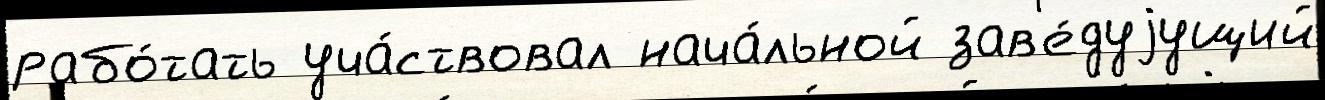
рабо́тать уча́ствовал нача́льной зав'е́дуjущий